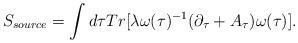
LaTeX: \begin{align*}S_{source} = \int d\tau Tr[ \lambda \omega(\tau)^{-1} (\partial_{\tau} +A_{\tau}) \omega(\tau)].\end{align*}